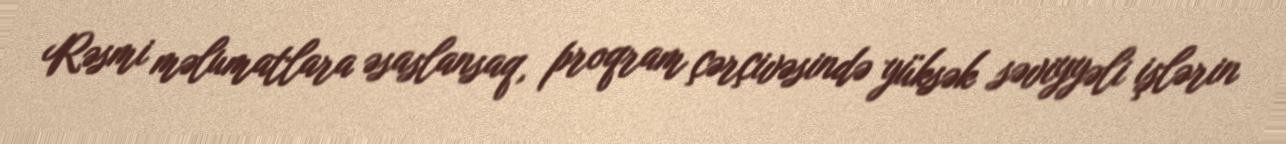
Rəsmi məlumatlara əsaslansaq, proqram çərçivəsində yüksək səviyyəli işlərin